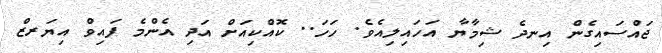
ޖައްސައިގެން އިނދެ ޝިމާޔާ އަހައިލިއެވެ. ހަހަ.. ކޮއްކިއަށް އަދި އެންމެ ފައިވް އިޔަރޒް